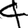
Digit: 4